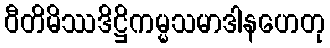
ဝီတိမိဿဒိဋ္ဌိကမ္မသမာဒါနဟေတု